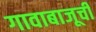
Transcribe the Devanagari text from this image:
गावाबाजूची